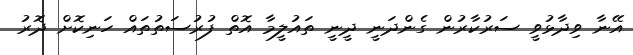
އޭނާ ވިދާޅުވީ ސަރުކާރުން ގެންދަނީ ދީނީ ތައުލީމާ އޮތް ފުރުސަތުތައް ހަނިކޮށް ދޮރު